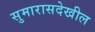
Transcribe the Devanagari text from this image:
सुमारासदेखील